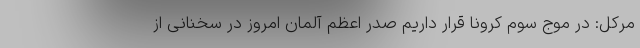
مرکل: در موج سوم کرونا قرار داریم صدر اعظم آلمان امروز در سخنانی از